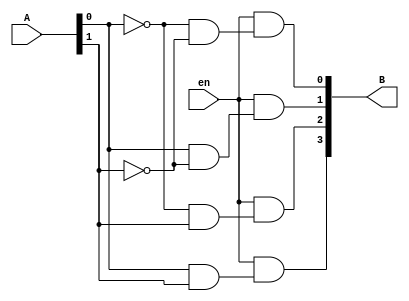
module dec2to4(
    A, en,
    B
);
input   [1:0]   A;
input           en;
output  [3:0]   B;

assign B[0] = en & (!A[0] & !A[1]);  // true when A = 2'b00
assign B[1] = en & (A[0] & !A[1]);   // true when A = 2'b01
assign B[2] = en & (!A[0] & A[1]);   // true when A = 2'b10
assign B[3] = en & (A[0] & A[1]);  // true when A = 2'b11

endmodule

module dec3to8(
    inp,
    out
);
input   [2:0]   inp;
output  [7:0]   out;

dec2to4 dec1(.A({inp[1], inp[0]}), .en(!inp[2]), .B(out[3:0]));
// ~inp[2] enable  out  4-bits 

dec2to4 dec2(.A({inp[1], inp[0]}), .en(inp[2]), .B(out[7:4]));
// inp[2] enable  out  4-bits 
endmodule